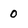
Character: 0